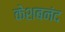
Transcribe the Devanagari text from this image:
केशबनंद